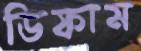
ডিফাম